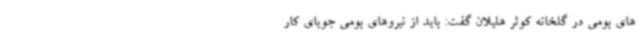
های بومی در گلخانه کوثر هلیلان گفت: باید از نیروهای بومی جویای کار